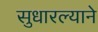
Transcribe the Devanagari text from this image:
सुधारल्याने